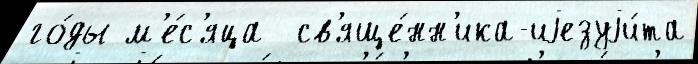
го́ды м'е́с'яца  св'яще́нн'ика-иjезуjи́та